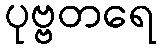
ပုဗ္ဗတရေ